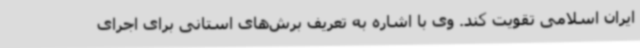
ایران اسلامی تقویت کند. وی با اشاره به تعریف برش‌های استانی برای اجرای